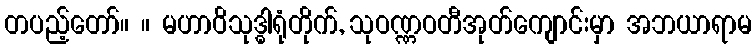
တပည့်တော်။ ။ မဟာဝိသုဒ္ဓါရုံတိုက်, သုဝဏ္ဏဝတီအုတ်ကျောင်းမှာ အဘယာရာမ